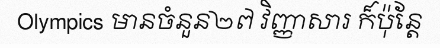
Olympics មានចំនួន២៧ វិញ្ញាសារ ក៏ប៉ុន្តែ